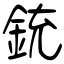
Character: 銃